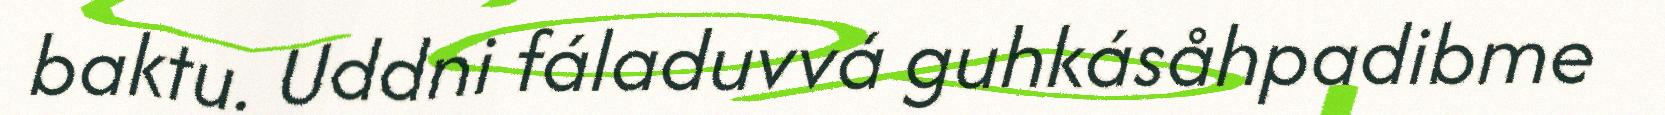
baktu. Uddni fáladuvvá guhkásåhpadibme